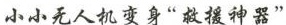
小小无人机变身”救援神器